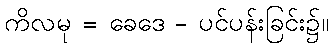
ကိလမု = ခေဒေ - ပင်ပန်းခြင်း၌။